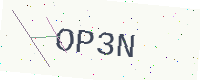
Text: OP3N